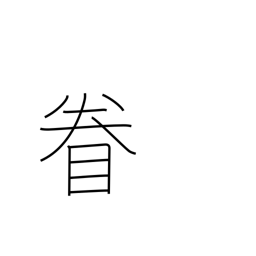
Meaning: look around